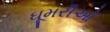
ઘૂમરીઓ